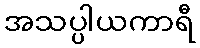
အသပ္ပါယကာရီ